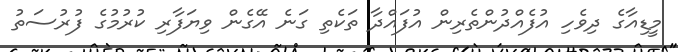
މީޑިއާގެ ދިވެހި އުފެއްދުންތެރިން އުފައްދާ ތަކެތި ގަނެ އޭގެން ވިޔަފާރި ކުރުމުގެ ފުރުސަތު